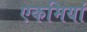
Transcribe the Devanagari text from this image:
एकमियां